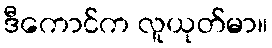
ဒီကောင်က လူယုတ်မာ။